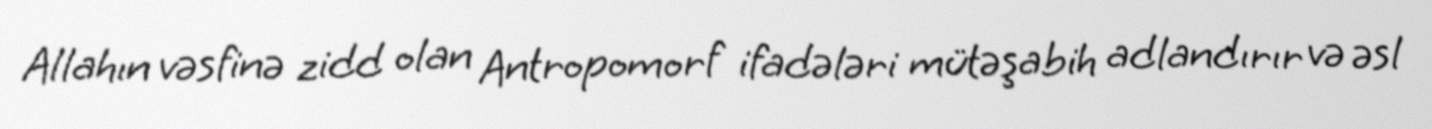
Allahın vəsfinə zidd olan Antropomorf ifadələri mütəşabih adlandırır və əsl